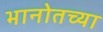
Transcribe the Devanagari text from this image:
भानोतच्या